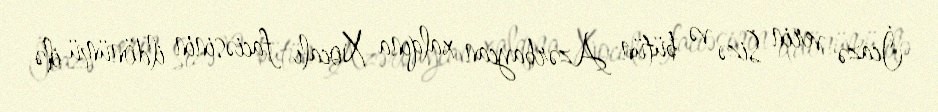
İcazə verin Sizə və bütün Azərbaycan xalqına Xocalı faciəsinin ildönümü ilə